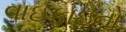
વાઇફાઇનો